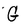
Character: G